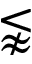
\lnapprox